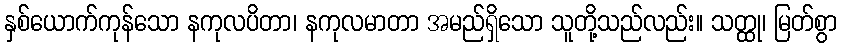
နှစ်ယောက်ကုန်သော နကုလပိတာ၊ နကုလမာတာ အမည်ရှိသော သူတို့သည်လည်း။ သတ္ထု၊ မြတ်စွာ